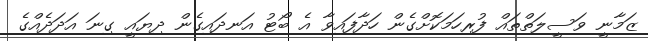
ޒަމާނީ ވަސީލަތްތައް ފުރިހަމަކޮށްގެން ހަދާފައިވާ އެ ބޯޓު އަނދައިގެން ދިޔައީ ގިނަ އަދަދެއްގެ